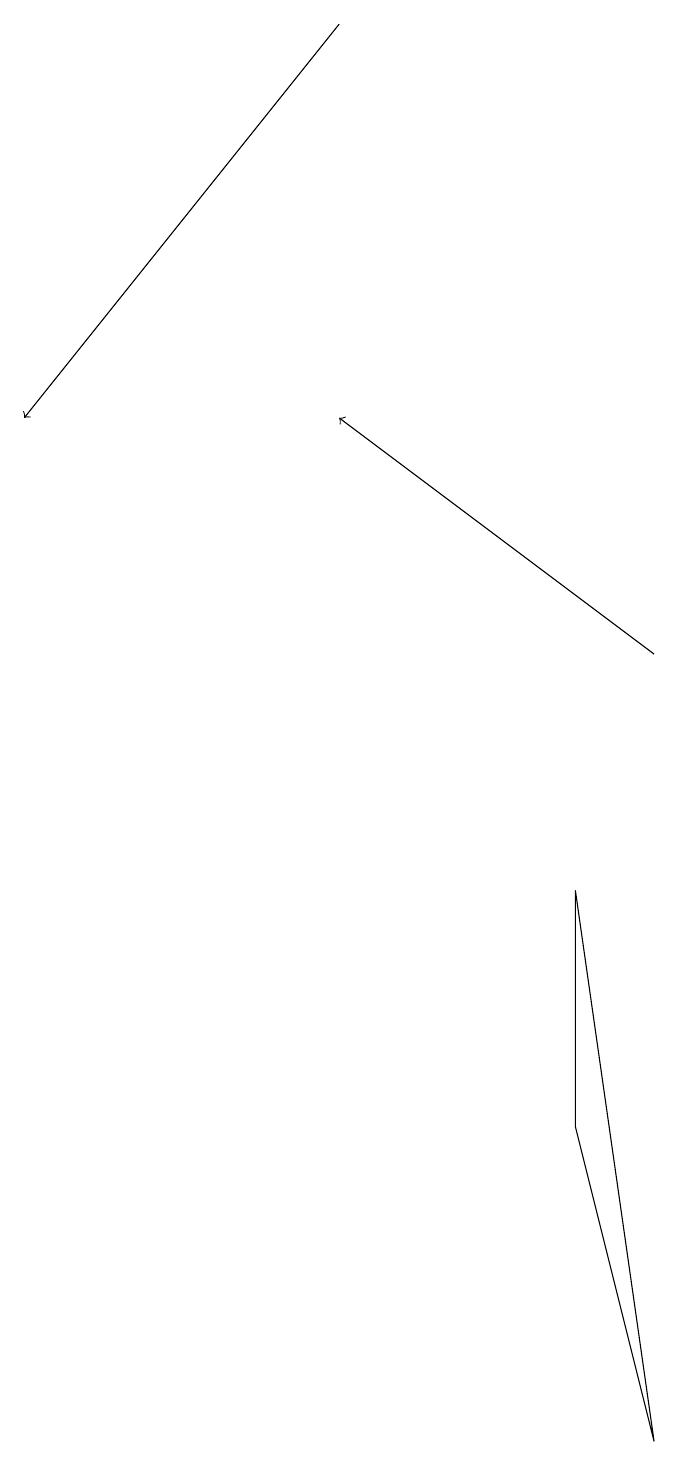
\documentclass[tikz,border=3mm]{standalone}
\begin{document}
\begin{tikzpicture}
\draw (7,8) -- (7,5) -- (8,1) -- cycle;
\draw[->] (4,19) -- (0,14);
\draw[->] (8,11) -- (4,14);
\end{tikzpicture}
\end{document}